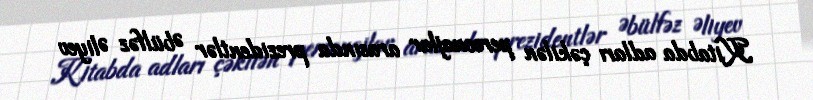
Kitabda adları çəkilən personajlar arasında prezidentlər Əbülfəz Əliyev